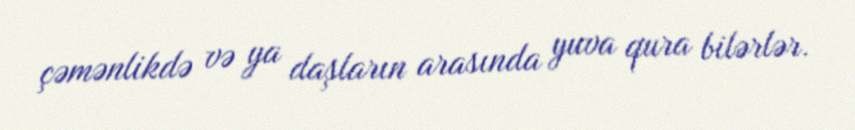
çəmənlikdə və ya daşların arasında yuva qura bilərlər.